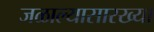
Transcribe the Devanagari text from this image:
जळाल्यासारख्या